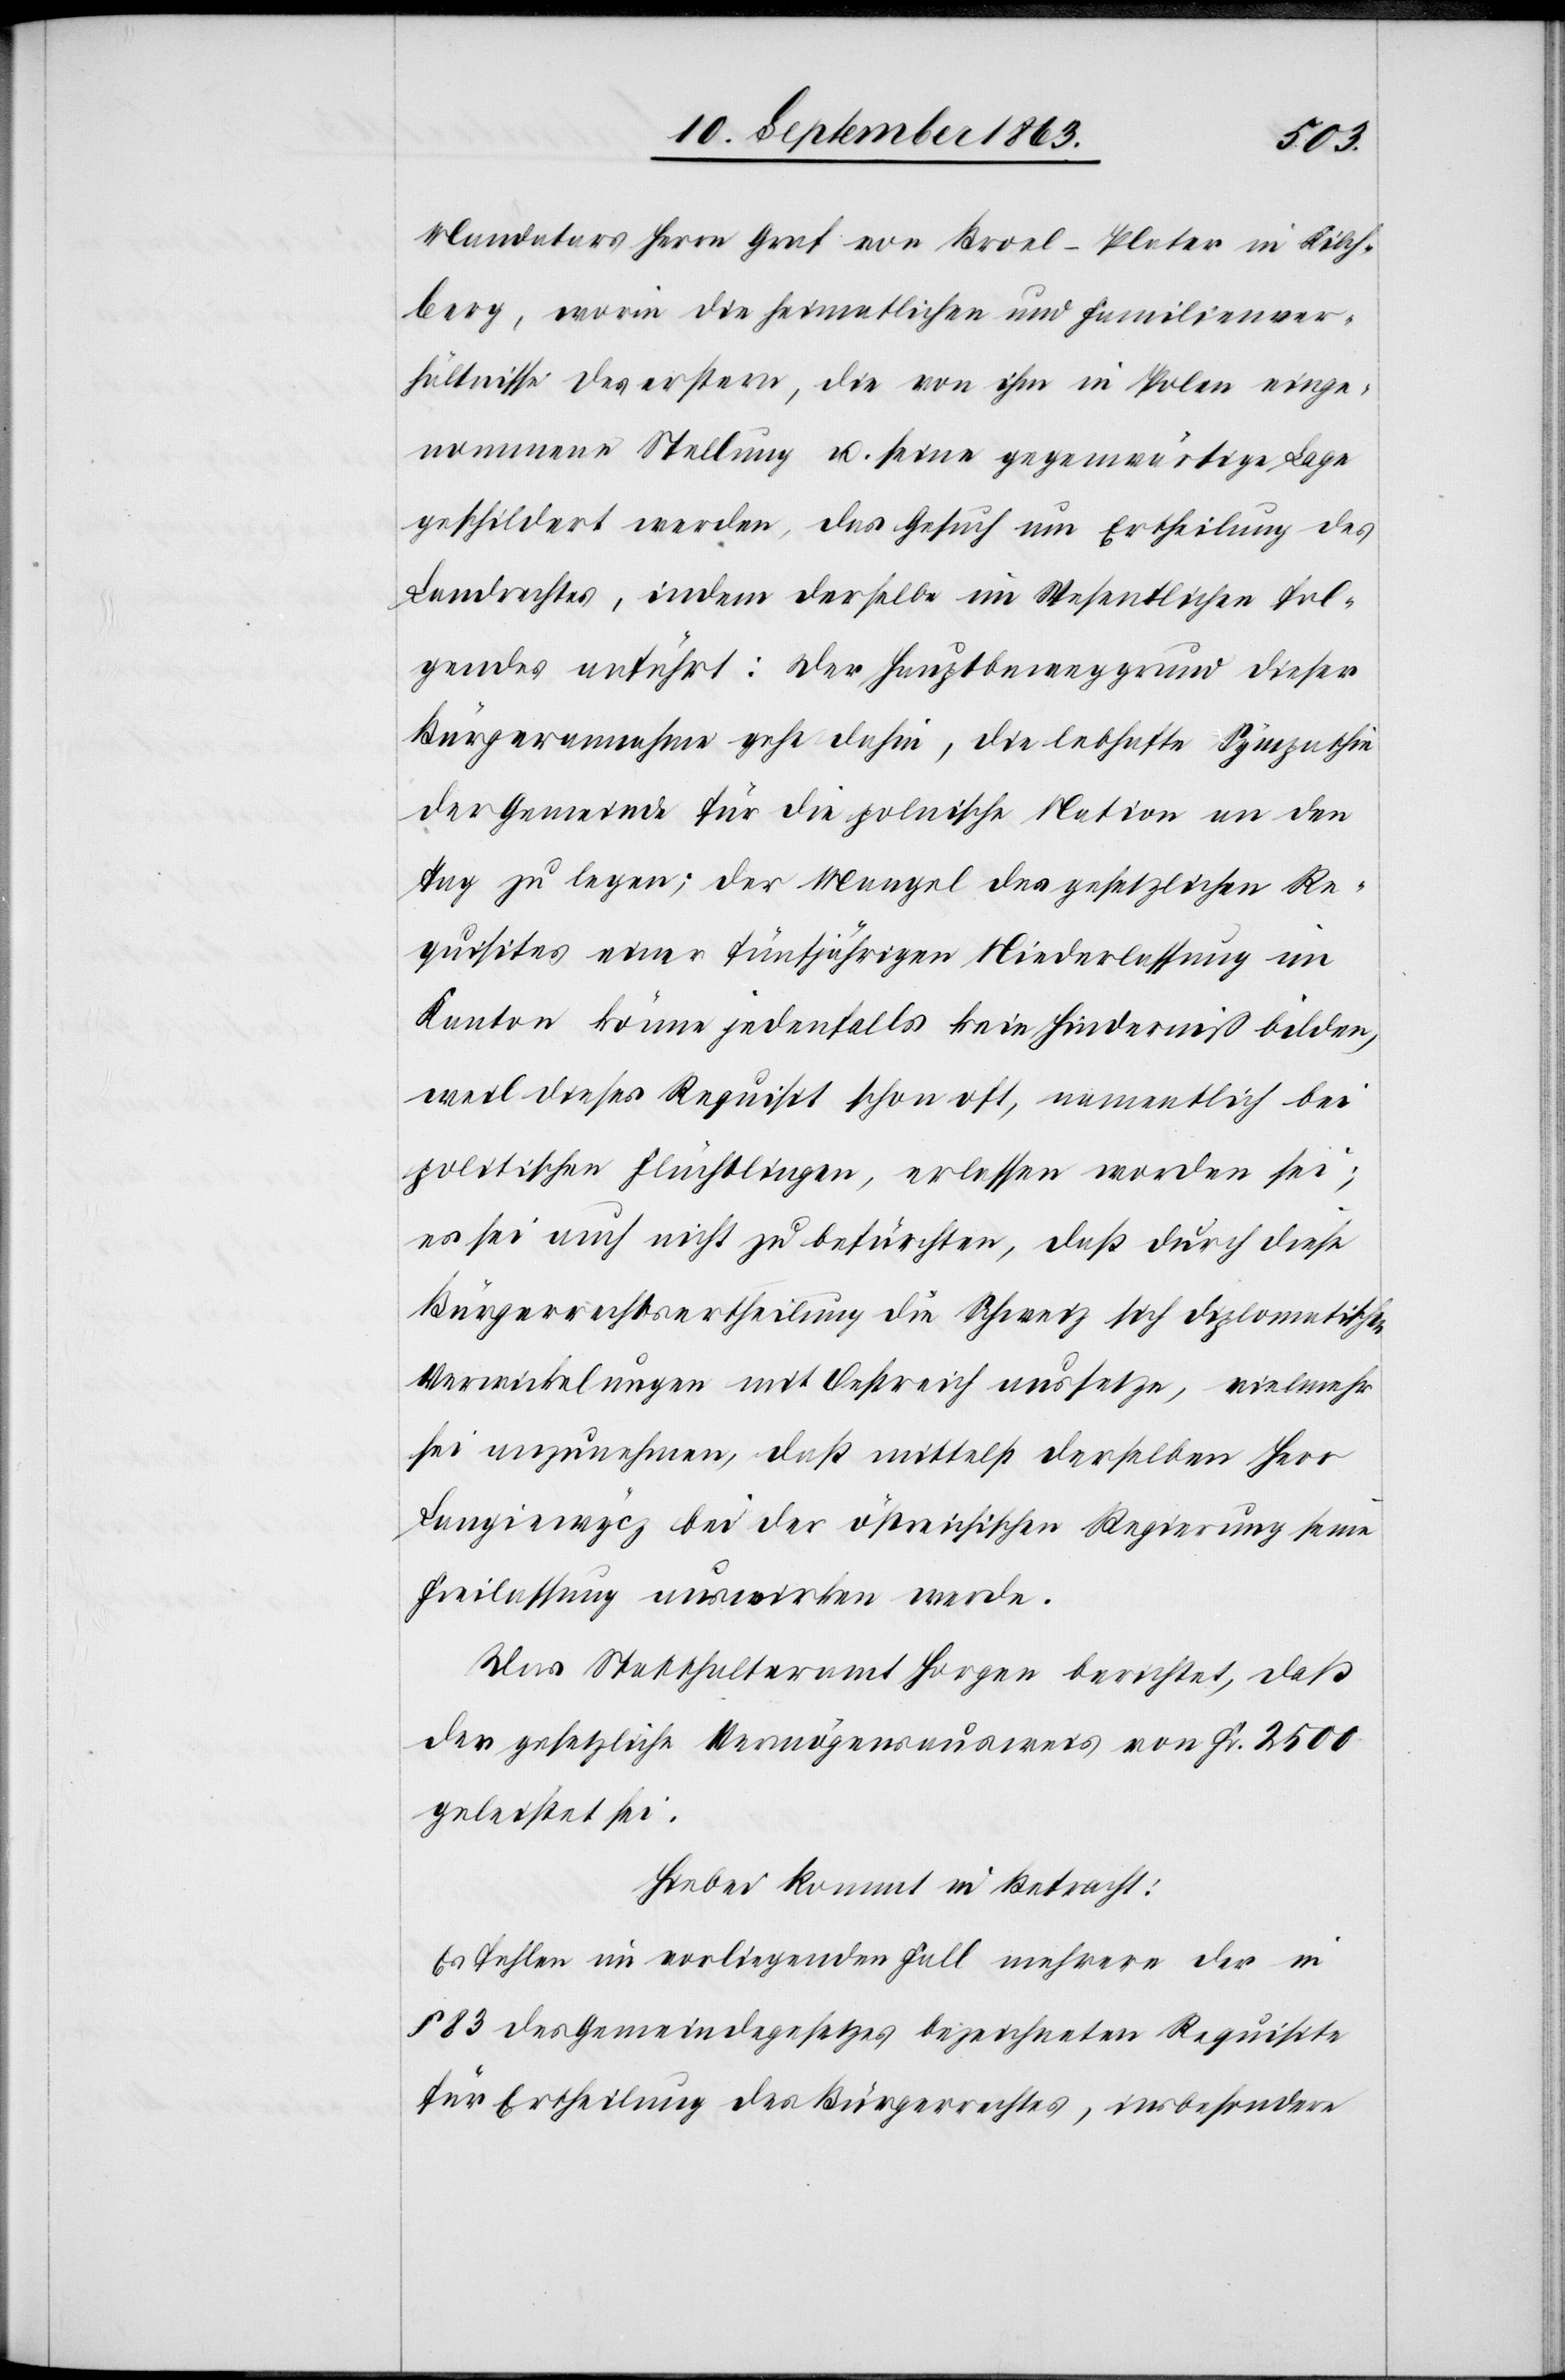
Mandatars Herrn Graf von Broel-Plater in Kilch¬
berg, worin die heimatlichen und Familienver¬
hältnisse des erstern, die von ihm in Polen einge¬
nommene Stellung u. seine gegenwärtige Lage
geschildert werden, das Gesuch um Ertheilung des
Landrechtes, indem derselbe im Wesentlichen fol¬
gendes anführt: Der Hauptbeweggrund dieser
Bürgerannahme gehe dahin, die lebhafte Sympathie
der Gemeinde für die polnische Nation an den
Tag zu legen; der Mangel des gesetzlichen Re¬
quisites einer fünfjährigen Niederlassung im
Kanton könne jedenfalls kein Hinderniß bilden,
weil dieses Requisit schon oft, namentlich bei
politischen Flüchtlingen, erlassen worden sei;
es sei auch nicht zu befürchten, daß durch diese
Bürgerrechtsertheilung die Schweiz sich diplomatischen
Verwickelungen mit Oestreich aussetze, vielmehr
sei anzunehmen, das mittelst derselben Herr
Langiewycz bei der östreichischen Regierung seine
Freilassung auswirken werde.
Das Statthalteramt Horgen berichtet, daß
der gesetzliche Vermögensausweis von Fr. 2500
geleistet sei.
Hiebei kommt in Betracht:
Es fehlen im vorliegenden Fall mehrere der in
§ 83 des Gemeindegesetzes bezeichneten Requisite
für Ertheilung des Bürgerrechtes, insbesondere